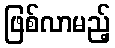
ဖြစ်လာမည့်